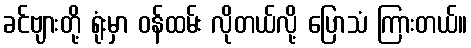
ခင်ဗျားတို့ ရုံးမှာ ဝန်ထမ်း လိုတယ်လို့ ပြောသံ ကြားတယ်။